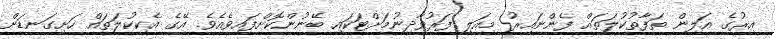
އިރުގެ އަލިން ތަފާތުކުލަތައް ފެންނައިރު މިއަލި ފަރުވާދިނުމަށްޓަކައި ބޭނުންކޮށްފައިވެއެވެ. އޭގެ އެކިކުލަތައް ހަށިގަނޑަށް